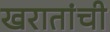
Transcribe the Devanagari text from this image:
खरातांची